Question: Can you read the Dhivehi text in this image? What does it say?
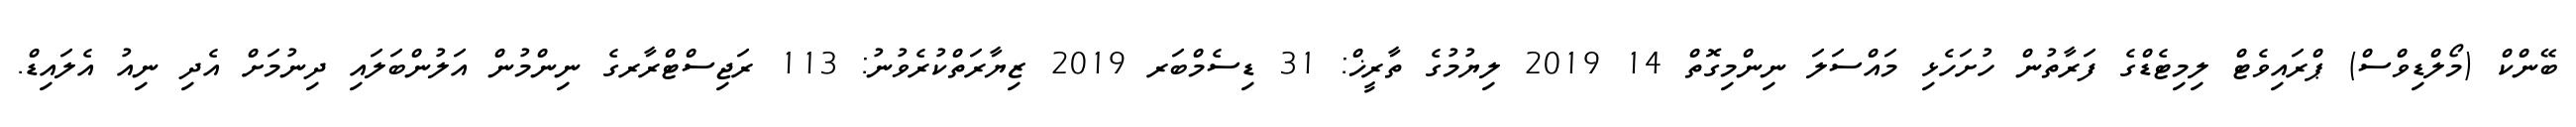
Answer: ބޭންކް (މޯލްޑިވްސް) ޕްރައިވެޓް ލިމިޓެޑްގެ ފަރާތުން ހުށަހެޅި މައްސަލަ ނިންމިގޮތް 14 2019 ލިޔުމުގެ ތާރީޚް: 31 ޑިސެމްބަރ 2019 ޒިޔާރަތްކުރެވުނު: 113 ރަޖިސްޓްރާރގެ ނިންމުން އަލުންބަލައި ދިނުމަށް އެދި ނިއު އެލައިޑް.